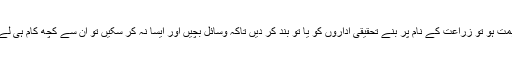
اگر ہمت ہو تو زراعت کے نام پر بنے تحقیقی اداروں کو یا تو بند کر دیں تاکہ وسائل بچیں اور ایسا نہ کر سکیں تو ان سے کچھ کام ہی لے لیں۔